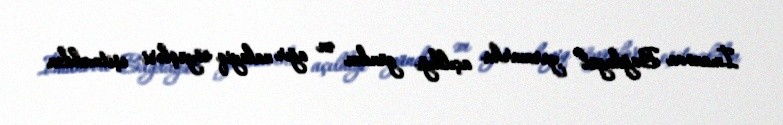
İmanova Bağdagül yarmarka açıldığı gündən ən ağır nalayiq söyüşləri eşitməkdən